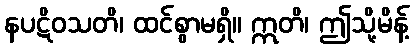
နပဋိဝသတိ၊ ထင်စွာမရှိ။ ဣတိ၊ ဤသို့မိန့်